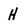
Character: H